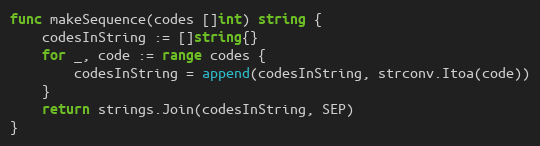
Language: Go
func makeSequence(codes []int) string {
	codesInString := []string{}
	for _, code := range codes {
		codesInString = append(codesInString, strconv.Itoa(code))
	}
	return strings.Join(codesInString, SEP)
}